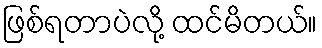
ဖြစ်ရတာပဲလို့ ထင်မိတယ်။